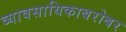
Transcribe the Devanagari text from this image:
व्यावसायिकाबरोबर